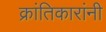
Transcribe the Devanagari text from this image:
क्रांतिकारांनी